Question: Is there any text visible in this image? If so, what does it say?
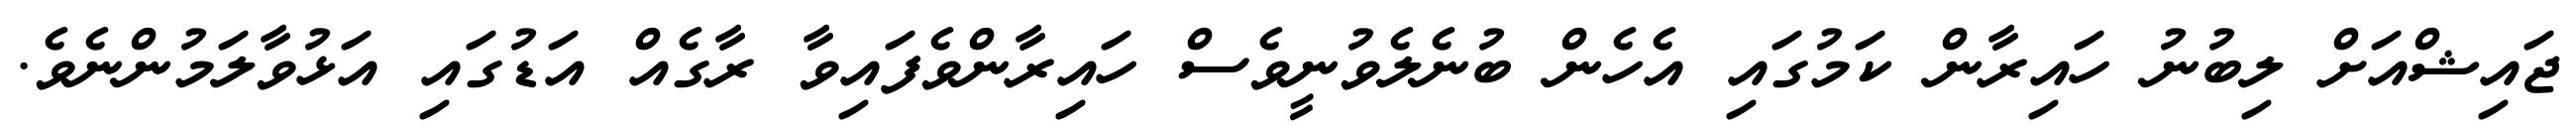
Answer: ޖައިޝްއަށް ލިބުނު ހައިރާން ކަމުގައި އެހެން ބުނެލެވުނީވެސް ހައިރާންވެފައިވާ ރާގެއް އަޑުގައި އަޅުވާލަމުންނެވެ.